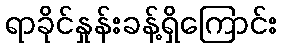
ရာခိုင်နှုန်းခန့်ရှိကြောင်း